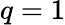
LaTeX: q=1